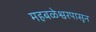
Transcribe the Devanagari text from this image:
महबळेश्वरपासून